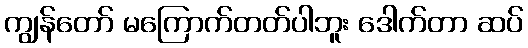
ကျွန်တော် မကြောက်တတ်ပါဘူး ဒေါက်တာ ဆပ်